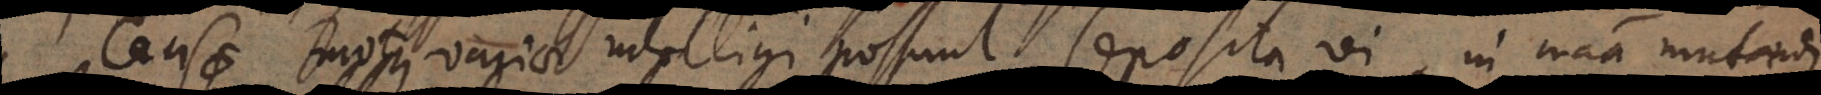
causae motus variae intelligi possunt, seposita vi in materia mutandi.